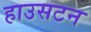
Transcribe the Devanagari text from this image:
हाउसटन